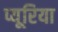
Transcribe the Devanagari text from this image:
प्यूरिया